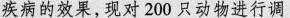
疾病的效果，现对200只动物进行调